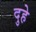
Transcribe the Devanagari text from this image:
दुहे